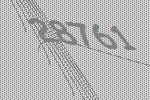
28761